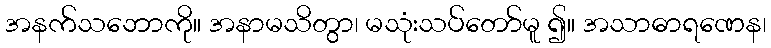
အနက်သဘောကို။ အနာမသိတွာ၊ မသုံးသပ်တော်မူ ၍။ အသာဓာရဏေန၊